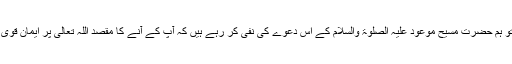
اگر نہیں تو ہم حضرت مسیح موعود علیہ الصلوۃ والسلام کے اس دعوے کی نفی کر رہے ہیں کہ آپ کے آنے کا مقصد اللہ تعالیٰ پر ایمان قوی کرنا ہے۔